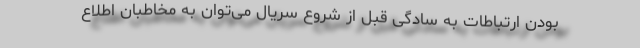
بودن ارتباطات به سادگی قبل از شروع سریال می‌توان به مخاطبان اطلاع